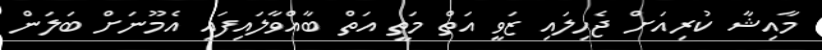
މާއިޝާ ކުރިއަށް ޖެހިލައި ޒަވީ އަތް މަތީ އަތް ބާއްވާލައިފައި އެމޫނަށް ބަލަން